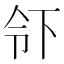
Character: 𬾂